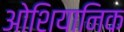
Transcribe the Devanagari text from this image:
ओशियानिक